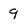
Character: 9